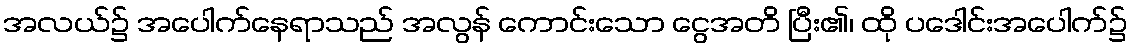
အလယ်၌ အပေါက်နေရာသည် အလွန် ကောင်းသော ငွေအတိ ပြီး၏၊ ထို ပဒေါင်းအပေါက်၌